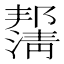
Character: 𰝙